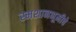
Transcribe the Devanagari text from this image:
स्मशानभूमीचे